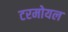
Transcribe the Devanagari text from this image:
टरमोयल